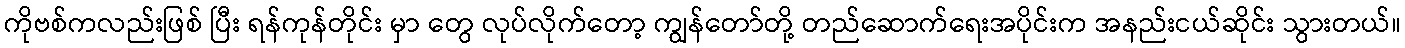
ကိုဗစ်ကလည်းဖြစ် ပြီး ရန်ကုန်တိုင်း မှာ တွေ လုပ်လိုက်တော့ ကျွန်တော်တို့ တည်ဆောက်ရေးအပိုင်းက အနည်းငယ်ဆိုင်း သွားတယ်။